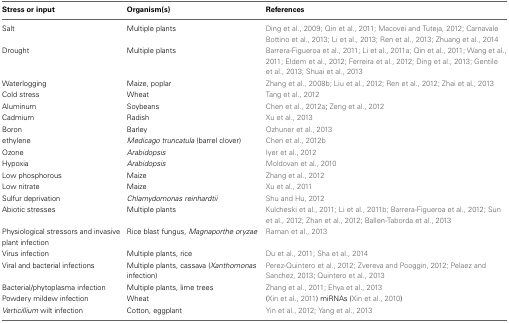
<table><thead><tr><td><b>Stress or input</b></td><td><b>Organism(s)</b></td><td><b>References</b></td></tr></thead><tbody><tr><td>Salt</td><td>Multiple plants</td><td>Ding et al., 2009; Qin et al., 2011; Macovei and Tuteja, 2012; Carnavale Bottino et al., 2013; Li et al., 2013; Ren et al., 2013; Zhuang et al., 2014</td></tr><tr><td>Drought</td><td>Multiple plants</td><td>Barrera-Figueroa et al., 2011; Li et al., 2011a; Qin et al., 2011; Wang et al., 2011; Eldem et al., 2012; Ferreira et al., 2012; Ding et al., 2013; Gentile et al., 2013; Shuai et al., 2013</td></tr><tr><td>Waterlogging</td><td>Maize, poplar</td><td>Zhang et al., 2008b; Liu et al., 2012; Ren et al., 2012; Zhai et al., 2013</td></tr><tr><td>Cold stress</td><td>Wheat</td><td>Tang et al., 2012</td></tr><tr><td>Aluminum</td><td>Soybeans</td><td>Chen et al., 2012a; Zeng et al., 2012</td></tr><tr><td>Cadmium</td><td>Radish</td><td>Xu et al., 2013</td></tr><tr><td>Boron</td><td>Barley</td><td>Ozhuner et al., 2013</td></tr><tr><td>ethylene</td><td><i>Medicago truncatula</i> (barrel clover)</td><td>Chen et al., 2012b</td></tr><tr><td>Ozone</td><td><i>Arabidopsis</i></td><td>Iyer et al., 2012</td></tr><tr><td>Hypoxia</td><td><i>Arabidopsis</i></td><td>Moldovan et al., 2010</td></tr><tr><td>Low phosphorous</td><td>Maize</td><td>Zhang et al., 2012</td></tr><tr><td>Low nitrate</td><td>Maize</td><td>Xu et al., 2011</td></tr><tr><td>Sulfur deprivation</td><td><i>Chlamydomonas reinhardtii</i></td><td>Shu and Hu, 2012</td></tr><tr><td>Abiotic stresses</td><td>Multiple plants</td><td>Kulcheski et al., 2011; Li et al., 2011b; Barrera-Figueroa et al., 2012; Sun et al., 2012; Zhan et al., 2012; Ballen-Taborda et al., 2013</td></tr><tr><td>Physiological stressors and invasive plant infection</td><td>Rice blast fungus, <i>Magnaporthe oryzae</i></td><td>Raman et al., 2013</td></tr><tr><td>Virus infection</td><td>Multiple plants, rice</td><td>Du et al., 2011; Sha et al., 2014</td></tr><tr><td>Viral and bacterial infections</td><td>Multiple plants, cassava (<i>Xanthomonas</i> infection)</td><td>Perez-Quintero et al., 2012; Zvereva and Pooggin, 2012; Pelaez and Sanchez, 2013; Quintero et al., 2013</td></tr><tr><td>Bacterial/phytoplasma infection</td><td>Multiple plants, lime trees</td><td>Zhang et al., 2011; Ehya et al., 2013</td></tr><tr><td>Powdery mildew infection</td><td>Wheat</td><td>(Xin et al., 2011) miRNAs (Xin et al., 2010)</td></tr><tr><td><i>Verticillium</i> wilt infection</td><td>Cotton, eggplant</td><td>Yin et al., 2012; Yang et al., 2013</td></tr></tbody></table>